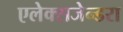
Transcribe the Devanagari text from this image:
एलेक्सजेन्डरा